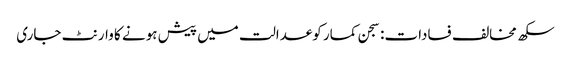
سکھ مخالف فسادات: سجن کمار کوعدالت میں پیش ہونے کا وارنٹ جاری